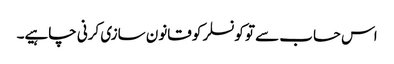
اس حساب سے تو کونسلر کو قانون سازی کرنی چاہیے۔